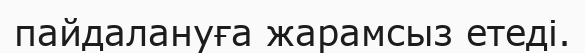
пайдалануға жарамсыз етеді.